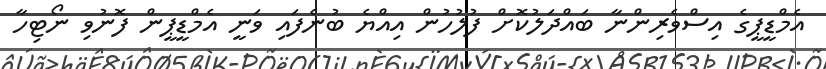
އެމްޑީޕީގެ އިސްވެރިންނާ ބައްދަލުކޮށް ފުލުހުން އިއްޔެ ބުނެފައި ވަނީ އެމްޑީޕީން ފޮނުވި ނޯޓިހާ